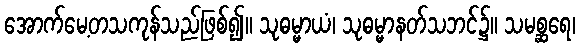
အောက်မေ့တသကုန်သည်ဖြစ်၍။ သုဓမ္မာယံ၊ သုဓမ္မာနတ်သဘင်၌။ သမစ္ဆရေ၊